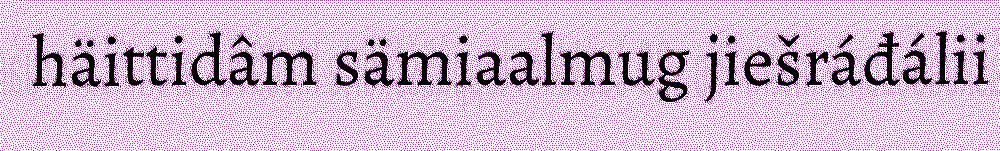
häittidâm sämiaalmug jiešráđálii